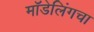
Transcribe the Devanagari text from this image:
मॉडेलिंगचा